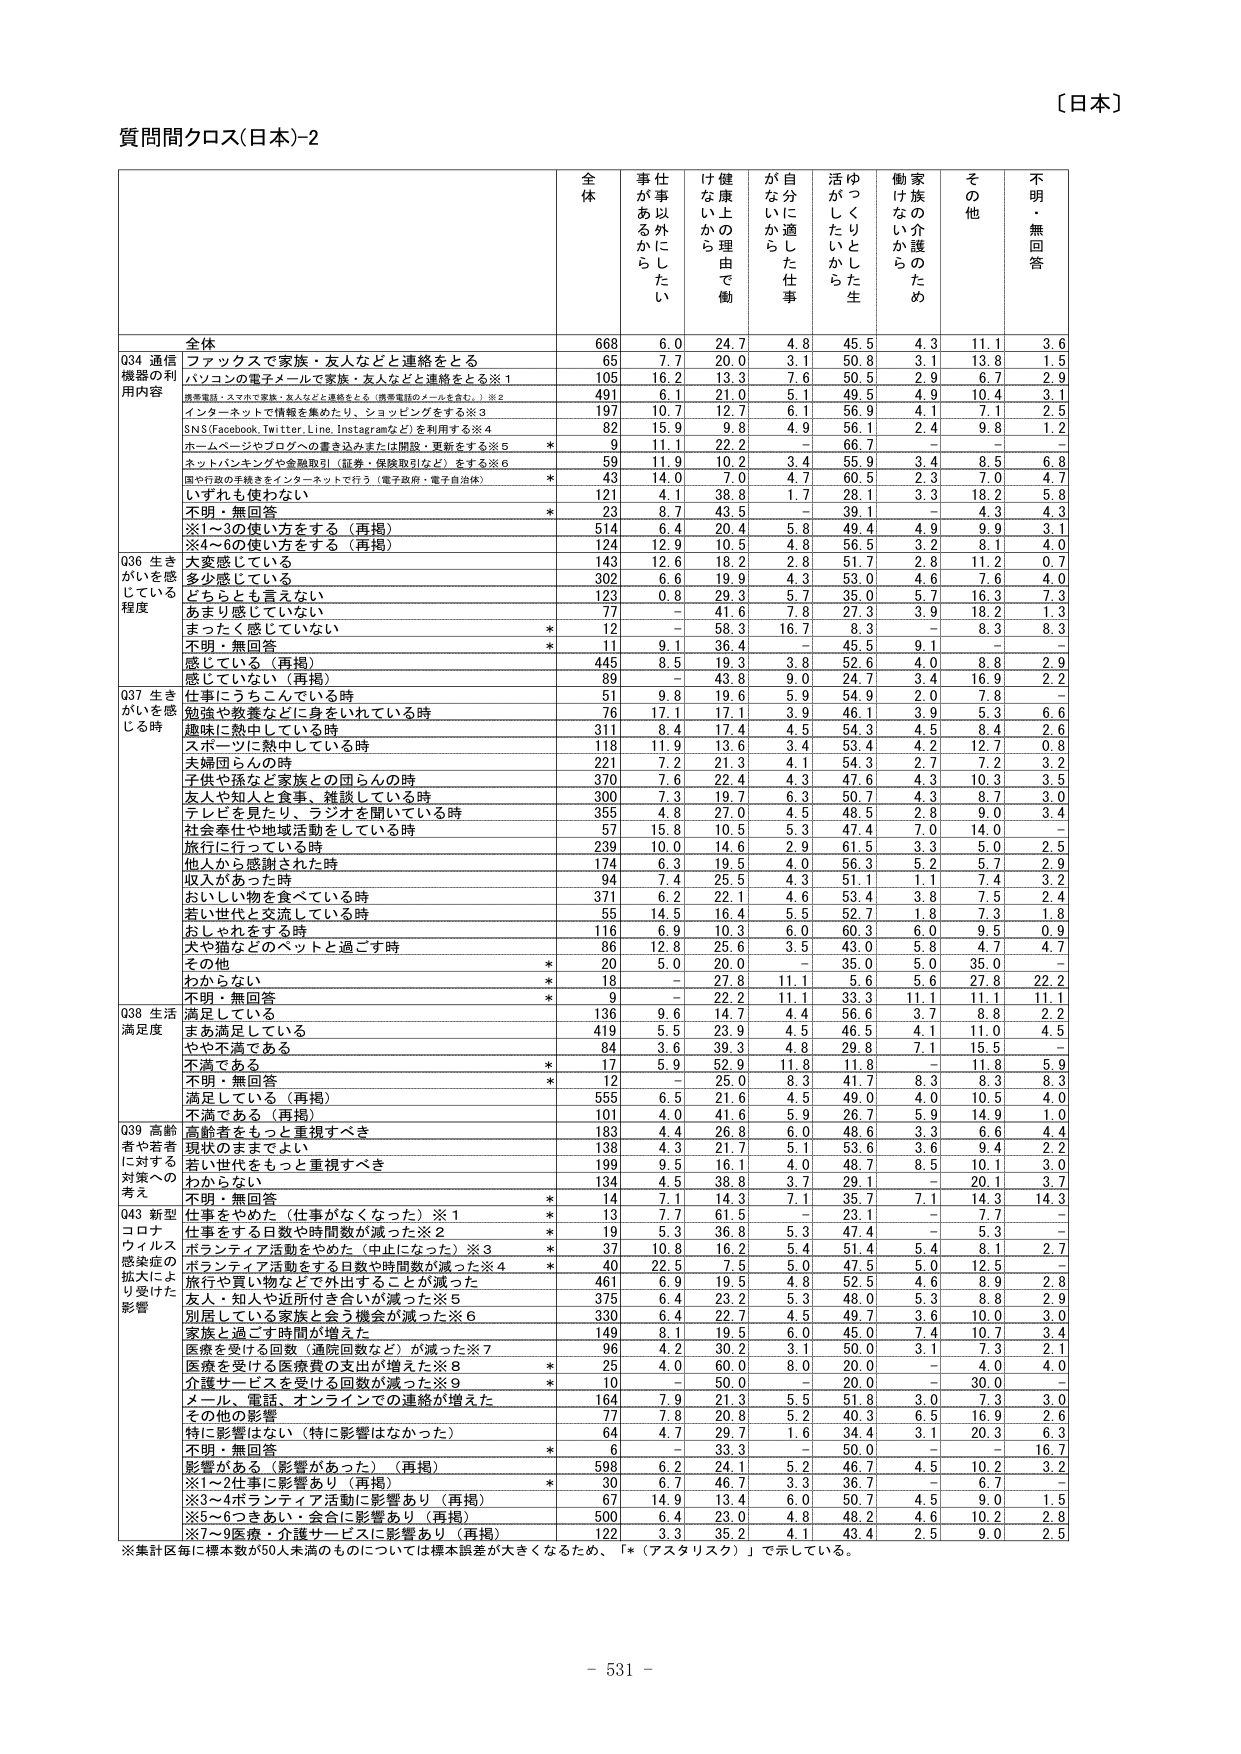
〔日本〕

質問間クロス(日本)-2

全体 仕事以外に 仕事があるから 健康上の理由で働 が自分に適した仕事 活動がしたいた けないから 働く家族の介護のため その他 不明・無回答

Q34 通信機器の利用内容
全体 668 6.0 24.7 4.8 45.5 4.3 11.1 3.6
ファックスで家族・友人などと連絡をとる 65 7.7 20.0 3.1 50.8 3.1 13.8 1.5
パソコンの電子メールで家族・友人などと連絡をとる※1 105 16.2 13.3 7.6 50.5 2.9 6.7 2.9
携帯電話・スマホで家族・友人などと連絡をとる（携帯電話のメールを含む。）※2 491 6.1 21.0 5.1 49.5 4.9 10.4 3.1
インターネットで情報を集めたり、ショッピングをする※3 197 10.7 12.7 6.1 56.9 4.1 7.1 2.5
SNS(Facebook,Twitter,Line,Instagramなど)を利用する※4 82 15.9 9.8 4.9 56.1 2.4 9.8 1.2
ホームページやブログへの書き込みまたは閲覧・更新をする※5 * 9 11.1 22.2 - 66.7 - - -
ネットバンキングや金融取引（証券・保険取引など）をする※6 59 11.9 10.2 3.4 55.9 3.4 8.5 6.8
国や行政の手続きをインターネットで行う（電子政府・電子自治体） * 43 14.0 7.0 4.7 60.5 2.3 7.0 4.7
いずれも使わない 121 4.1 38.8 1.7 28.1 3.3 18.2 5.8
不明・無回答 * 23 8.7 43.5 - 39.1 - 4.3 4.3
※1～30使い方をする（再掲） 514 6.4 20.4 5.8 49.4 4.9 9.9 3.1
※4～60使い方をする（再掲） 124 12.9 10.5 4.8 56.5 3.2 8.1 4.0

Q36 生きがいを感じている程度
大変感じている 143 12.6 18.2 2.8 51.7 2.8 11.2 0.7
多少感じている 302 6.6 19.9 4.3 53.0 4.6 7.6 4.0
どちらとも言えない 123 0.8 29.3 5.7 35.0 5.7 16.3 7.3
あまり感じていない 77 - 41.6 7.8 27.3 3.9 18.2 1.3
まったく感じていない * 12 - 58.3 16.7 8.3 - 8.3 8.3
不明・無回答 * 11 9.1 36.4 - 45.5 9.1 - -
感じている（再掲） 445 8.5 19.3 3.8 52.6 4.0 8.8 2.9
感じていない（再掲） 89 - 43.8 9.0 24.7 3.4 16.9 2.2

Q37 生きがいを感じる時
仕事にうちこんでいる時 51 9.8 19.6 5.9 54.9 2.0 7.8 -
勉強や教養などに身をいれている時 76 17.1 17.1 3.9 46.1 3.9 5.3 6.6
趣味に熱中している時 311 8.4 17.4 4.5 54.3 4.5 8.4 2.6
スポーツに熱中している時 118 11.9 13.6 3.4 53.4 4.2 12.7 0.8
夫婦団らんの時 221 7.2 21.3 4.1 54.3 2.7 7.2 3.2
子供や孫など家族との団らんの時 370 7.6 22.4 4.3 47.6 4.3 10.3 3.5
友人や知人と食事・雑談している時 300 7.3 19.7 6.3 50.7 4.3 8.7 3.0
テレビを見たり、ラジオを聞いている時 355 4.8 27.0 4.5 48.5 2.8 9.0 3.4
社会奉仕や地域活動をしている時 57 15.8 10.5 5.3 47.4 7.0 14.0 -
旅行に行っている時 239 10.0 14.6 2.9 61.5 3.3 5.0 2.5
他人から感謝された時 174 6.3 19.5 4.0 56.3 5.2 5.7 2.9
収入があった時 94 7.4 25.5 4.3 51.1 1.1 7.4 3.2
おいしい物を食べている時 371 6.2 22.1 4.6 53.4 3.8 7.5 2.4
若い世代と交流している時 55 14.5 16.4 5.5 52.7 1.8 7.3 1.8
おしゃれをする時 116 6.9 10.3 6.0 60.3 6.0 9.5 0.9
犬や猫などのペットと過ごす時 86 12.8 25.6 3.5 43.0 5.8 4.7 4.7
その他 * 20 5.0 20.0 - 35.0 5.0 35.0 -
わからない * 18 - 27.8 11.1 5.6 5.6 27.8 22.2
不明・無回答 * 9 - 22.2 11.1 33.3 11.1 11.1 11.1

Q38 生活満足度
満足している 136 9.6 14.7 4.4 56.6 3.7 8.8 2.2
まあ満足している 419 5.5 23.9 4.5 46.5 4.1 11.0 4.5
やや不満である 84 3.6 39.3 4.8 29.8 7.1 15.5 -
不満である * 17 5.9 52.9 11.8 11.8 - 11.8 5.9
不明・無回答 * 12 - 25.0 8.3 41.7 8.3 8.3 8.3
満足している（再掲） 555 6.5 21.6 4.5 49.0 4.0 10.5 4.0
不満である（再掲） 101 4.0 41.6 5.9 26.7 5.9 14.9 1.0

Q39 高齢者や若者に対する対策への考え
高齢者をもっと重視すべき 183 4.4 26.8 6.0 48.6 3.3 6.6 4.4
現状のままでよい 138 4.3 21.7 5.1 53.6 3.6 9.4 2.2
若い世代をもっと重視すべき 199 9.5 16.1 4.0 48.7 8.5 10.1 3.0
わからない 134 4.5 38.8 3.7 29.1 - 20.1 3.7
不明・無回答 * 14 7.1 14.3 7.1 35.7 7.1 14.3 14.3

Q43 新型コロナウイルス感染症の拡大により受けた影響
仕事をやめた（仕事がなくなった）※1 * 13 7.7 61.5 - 23.1 - 7.7 -
仕事をする日数や時間が減った※2 * 19 5.3 36.8 5.3 47.4 - 5.3 -
ボランティア活動をやめた（中止になった）※3 * 37 10.8 16.2 5.4 51.4 5.4 8.1 2.7
ボランティア活動をする日数や時間が減った※4 * 40 22.5 7.5 5.0 47.5 5.0 12.5 -
旅行や買い物などで外出することが減った 461 6.9 19.5 4.8 52.5 4.6 8.9 2.8
友人・知人や近所付き合いが減った※5 375 6.4 23.2 5.3 48.0 5.3 8.8 2.9
別居している家族と会う機会が減った※6 330 6.4 22.7 4.5 49.7 3.6 10.0 3.0
家族と過ごす時間が増えた 149 8.1 19.5 6.0 45.0 7.4 10.7 3.4
医療を受ける回数（通院回数など）が減った※7 96 4.2 30.2 3.1 50.0 3.1 7.3 2.1
医療を受ける医療費の支出が増えた※8 * 25 4.0 60.0 8.0 20.0 - 4.0 4.0
介護サービスを受ける回数が減った※9 * 10 - 50.0 - 20.0 - 30.0 -
メール、電話、オンラインでの連絡が増えた 164 7.9 21.3 5.5 51.8 3.0 7.3 3.0
その他の影響 77 7.8 20.8 5.2 40.3 6.5 16.9 2.6
特に影響はない（特に影響はなかった） 64 4.7 29.7 1.6 34.4 3.1 20.3 6.3
不明・無回答 * 6 - 33.3 - 50.0 - - 16.7
影響がある（影響があった）（再掲） 598 6.2 24.1 5.2 46.7 4.5 10.2 3.2
※1～2仕事に影響あり（再掲） * 30 6.7 46.7 3.3 36.7 - 6.7 -
※3～4ボランティア活動に影響あり（再掲） 67 14.9 13.4 6.0 50.7 4.5 9.0 1.5
※5～6つきあい・会合に影響あり（再掲） 500 6.4 23.0 4.8 48.2 4.6 10.2 2.8
※7～9医療・介護サービスに影響あり（再掲） 122 3.3 35.2 4.1 43.4 2.5 9.0 2.5

※集計区毎に標本数が50人未満のものについては標本誤差が大きくなるため、「*（アスタリスク）」で示している。

- 531 -